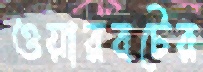
ওয়ারবটের